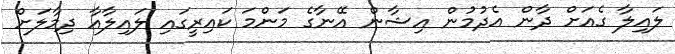
ލައިލާ ގެއަށް ދާން އެދުމުން އިޝާން އޭނާގެ މަންމަ ކައިރީގައި ލައިލާއާ ދިމާލަށް